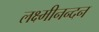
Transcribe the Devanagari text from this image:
लक्ष्मीनन्दन